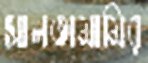
সালতামামির